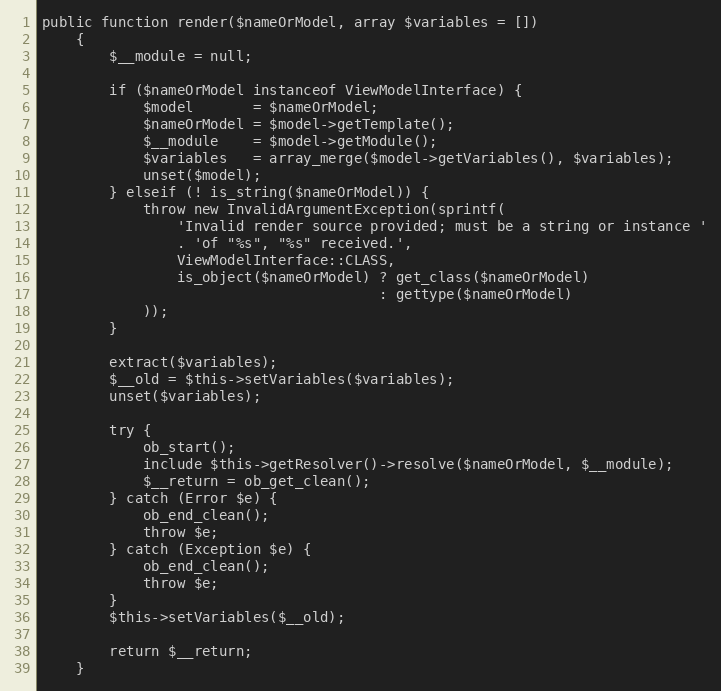
Language: PHP
public function render($nameOrModel, array $variables = [])
    {
        $__module = null;

        if ($nameOrModel instanceof ViewModelInterface) {
            $model       = $nameOrModel;
            $nameOrModel = $model->getTemplate();
            $__module    = $model->getModule();
            $variables   = array_merge($model->getVariables(), $variables);
            unset($model);
        } elseif (! is_string($nameOrModel)) {
            throw new InvalidArgumentException(sprintf(
                'Invalid render source provided; must be a string or instance '
                . 'of "%s", "%s" received.',
                ViewModelInterface::CLASS,
                is_object($nameOrModel) ? get_class($nameOrModel)
                                        : gettype($nameOrModel)
            ));
        }

        extract($variables);
        $__old = $this->setVariables($variables);
        unset($variables);

        try {
            ob_start();
            include $this->getResolver()->resolve($nameOrModel, $__module);
            $__return = ob_get_clean();
        } catch (Error $e) {
            ob_end_clean();
            throw $e;
        } catch (Exception $e) {
            ob_end_clean();
            throw $e;
        }
        $this->setVariables($__old);

        return $__return;
    }